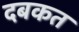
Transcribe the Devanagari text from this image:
दबकत